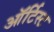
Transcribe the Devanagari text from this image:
ऑर्टिस्ट